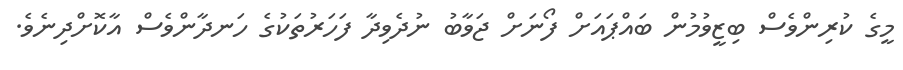
މީގެ ކުރިންވެސް ބިޒީވުމުން ބައްޕައަށް ފޯނަށް ޖަވާބު ނުދެވިދާ ފަހަރުތަކުގެ ހަނދާންވެސް އާކޮށްދިނެވެ.